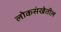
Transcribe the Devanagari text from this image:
लोकसंखेतील